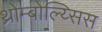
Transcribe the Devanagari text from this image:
थ्रोम्बोल्य्सिस